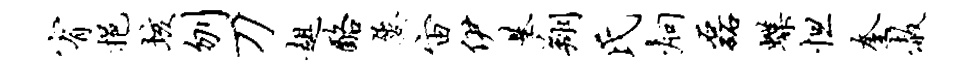
宥挹垓刎刀趄酪屡宙伊基翔氏炯磊蝶怛奎赦